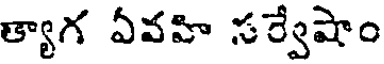
త్యాగ ఏవహి సర్వేషాం